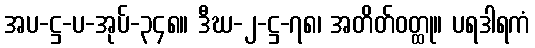
အပ-ဋ္ဌ-ပ-အုပ်-၃၄၈။ ဒီဃ-၂-ဋ္ဌ-၇၈၊ အတိတ်ဝတ္ထု။ ပရဒါရကံ